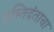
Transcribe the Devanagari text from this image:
हस्तिदंताचा